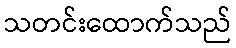
သတင်းထောက်သည်